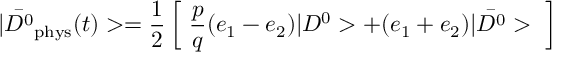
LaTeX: | \bar { D ^ { 0 } } _ { \mathrm { p h y s } } ( t ) > = \frac { 1 } { 2 } \left[ ~ \frac { p } { q } ( e _ { 1 } - e _ { 2 } ) | D ^ { 0 } > + ( e _ { 1 } + e _ { 2 } ) | \bar { D ^ { 0 } } > ~ \right]